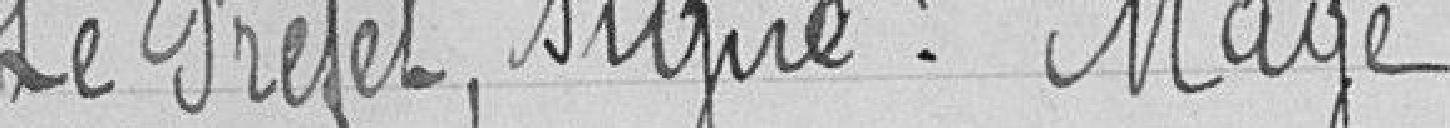
Le Préfet, signé : Mage.